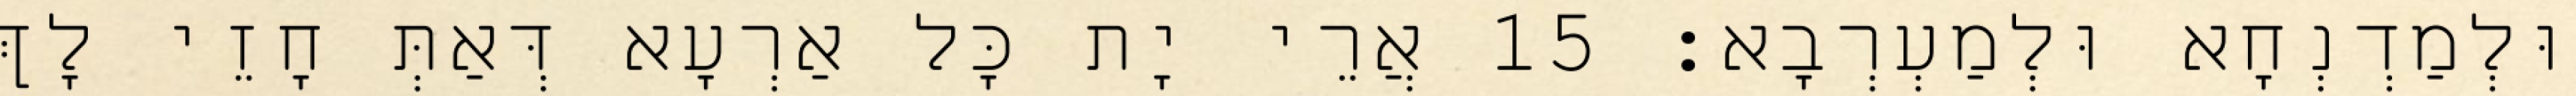
וּלְמַדְנְחָא וּלְמַעְרְבָא׃ 15 אֲרֵי יָת כָּל אַרְעָא דְּאַתְּ חָזֵי לָךְ